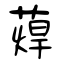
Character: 蔊